Vaccination North-Western Provinces and Oudh 1878-1895 - 1878-1895
Year: 1878
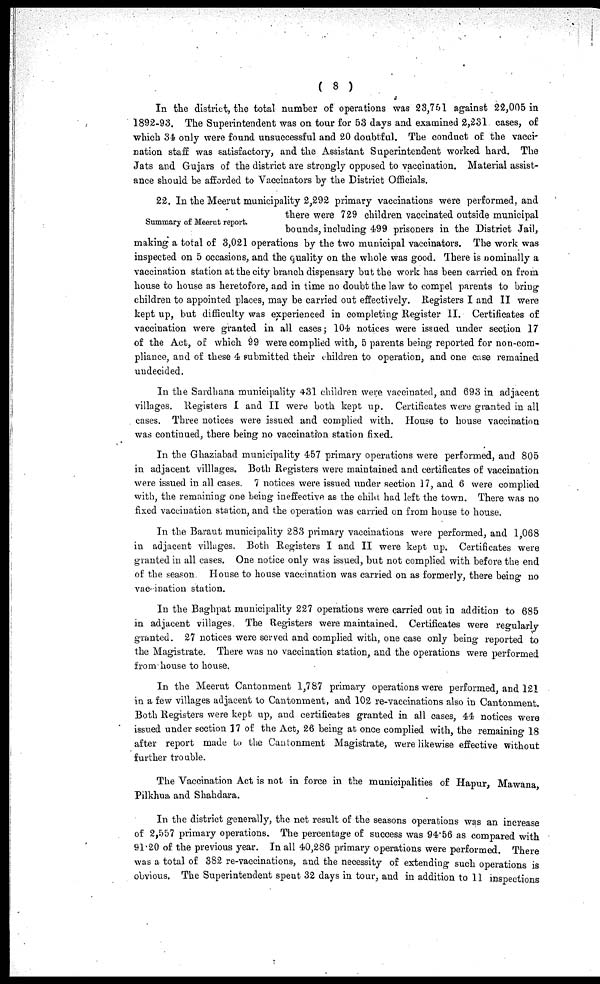
( 8 )
In the district, the total number of operations was 23,751 against 22,005 in
1892-93. The Superintendent was on tour for 53 days and examined 2,231 cases, of
which 34 only were found unsuccessful and 20 doubtful. The conduct of the vacci-
nation staff was satisfactory, and the Assistant Superintendent worked hard. The
Jats and Gujars of the district are strongly opposed to vaccination. Material assist-
ance should be afforded to Vaccinators by the District Officials.
Summary of Meerut report.
22. In the Meerut municipality 2,292 primary vaccinations were performed, and
there were 729 children vaccinated outside municipal
bounds, including 499 prisoners in the District Jail,
making a total of 3,021 operations by the two municipal vaccinators. The work was
inspected on 5 occasions, and the quality on the whole was good. There is nominally a
vaccination station at the city branch dispensary but the work has been carried on from
house to house as heretofore, and in time no doubt the law to compel parents to bring
children to appointed places, may be carried out effectively. Registers I and II were
kept up, but difficulty was experienced in completing Register II. Certificates of
vaccination were granted in all cases; 104 notices were issued under section 17
of the Act, of which 99 were complied with, 5 parents being reported for non-com-
pliance, and of these 4 submitted their children to operation, and one case remained
undecided.
In the Sardhana municipality 431 children were vaccinated, and 693 in adjacent
villages. Registers I and II were both kept up. Certificates were granted in all
cases. Three notices were issued and complied with. House to house vaccination
was continued, there being no vaccination station fixed.
In the Ghaziabad municipality 457 primary operations were performed, and 805
in adjacent villlages. Both Registers were maintained and certificates of vaccination
were issued in all cases. 7 notices were issued under section 17, and 6 were complied
with, the remaining one being ineffective as the child had left the town. There was no
fixed vaccination station, and the operation was carried on from house to house.
In the Baraut municipality 283 primary vaccinations were performed, and 1,068
in adjacent villages. Both Registers I and II were kept up. Certificates were
granted in all cases. One notice only was issued, but not complied with before the end
of the season. House to house vaccination was carried on as formerly, there being no
vacillation station.
In the Baghpat municipality 227 operations were carried out in addition to 685
in adjacent villages. The Registers were maintained. Certificates were regularly
granted. 27 notices were served and complied with, one case only being reported to
the Magistrate. There was no vaccination station, and the operations were performed
from house to house.
In the Meerut Cantonment 1,787 primary operations were performed, and 121
in a few villages adjacent to Cantonment, and 102 re-vaccinations also in Cantonment.
Both Registers were kept up, and certificates granted in all cases, 44 notices were
issued under section 17 of the Act, 26 being at once complied with, the remaining 18
after report made to the Cantonment Magistrate, were likewise effective without
further trouble.
The Vaccination Act is not in force in the municipalities of Hapur, Mawana,
Pilkhua and Shahdara.
In the district generally, the net result of the seasons operations was an increase
of 2,557 primary operations. The percentage of success was 94.56 as compared with
91.20 of the previous year. In all 40,286 primary operations were performed. There
was a total of 382 re-vaccinations, and the necessity of extending such operations is
obvious. The Superintendent spent 32 days in tour, and in addition to 11 inspections